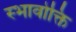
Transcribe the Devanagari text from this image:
स्भावोक्ति